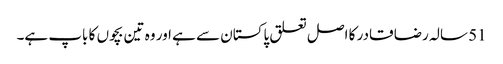
51 سالہ رضا قادر کا اصل تعلق پاکستان سے ہے اور وہ تین بچوں کا باپ ہے۔